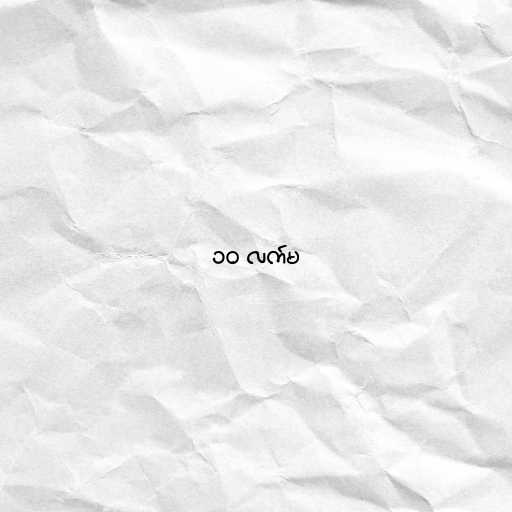
၁၀ လက်မ